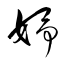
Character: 妤